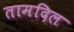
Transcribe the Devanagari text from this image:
तामदिल